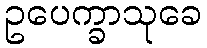
ဥပေက္ခာသုခေ